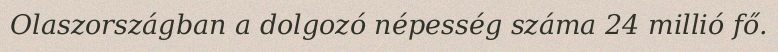
Olaszországban a dolgozó népesség száma 24 millió fő.